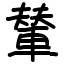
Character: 輦